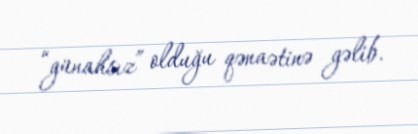
“günahsız” olduğu qənaətinə gəlib.